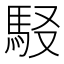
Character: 𩢃